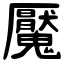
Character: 魘